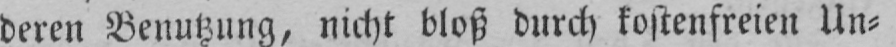
deren Benutzung, nicht bloß durch kostenfreien Un⸗